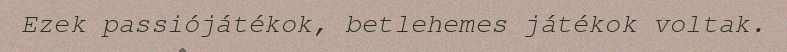
Ezek passiójátékok, betlehemes játékok voltak.